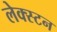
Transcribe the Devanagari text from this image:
लेक्स्टन